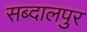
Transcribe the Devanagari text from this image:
सब्दालपुर